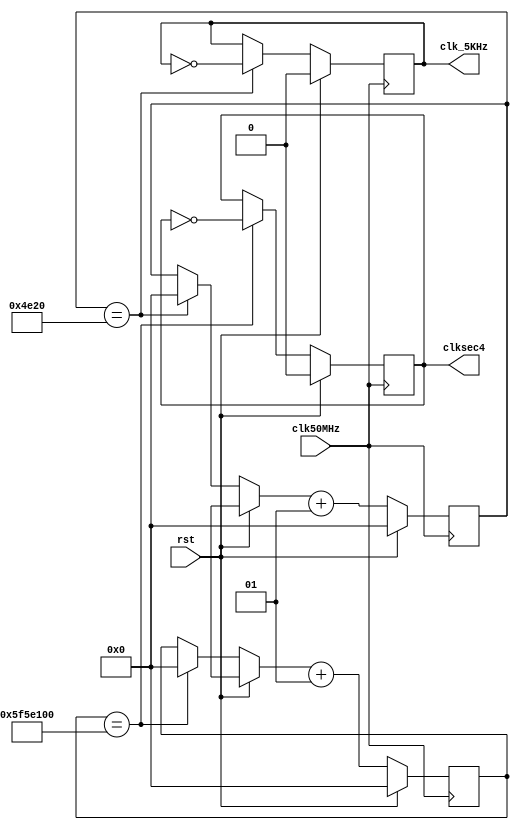
`timescale 1ns / 1ps
//////////////////////////////////////////////////////////////////////////////////
// Company: 
// Engineer: 
// 
// Design Name: 
// Module Name: clk_gen
// Project Name: 
// Target Devices: 
// Tool Versions: 
// Description: 
// 
// Dependencies: 
// 
// Revision:
// Revision 0.01 - File Created
// Additional Comments:
// 
//////////////////////////////////////////////////////////////////////////////////


module clk_gen(clk50MHz, rst, clksec4, clk_5KHz);

 input clk50MHz, rst;
 output clksec4, clk_5KHz;
 reg clksec4, clk_5KHz;
 integer count, count1;

 always@(posedge clk50MHz)
 begin
     if(rst)
     begin
         count = 0;
         count1 = 0;
         clksec4 = 0;
         clk_5KHz =0;
     end

     else
     begin
         if(count == 100000000)
         begin
             clksec4 = ~clksec4;
             count = 0;
         end 
         if(count1 == 20000)
         begin
             clk_5KHz = ~clk_5KHz;
             count1 = 0;
         end
         count = count + 1;
         count1 = count1 + 1;
     end
 end

 endmodule